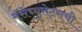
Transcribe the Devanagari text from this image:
मॅसेच्युसेट्सची